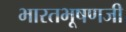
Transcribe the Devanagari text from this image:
भारतभूषणजी